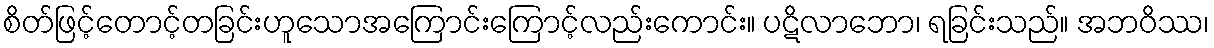
စိတ်ဖြင့်တောင့်တခြင်းဟူသောအကြောင်းကြောင့်လည်းကောင်း။ ပဋိလာဘော၊ ရခြင်းသည်။ အဘဝိဿ၊